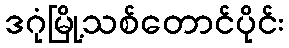
ဒဂုံမြို့သစ်တောင်ပိုင်း